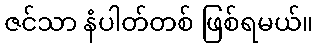
ဇင်သာ နံပါတ်တစ် ဖြစ်ရမယ်။